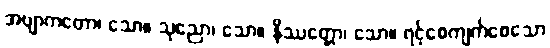
အဗျာကတော၊ သော။ သုညော၊ သော။ နိဿတ္တော၊ သော။ ရင့်စေကျက်စေသော